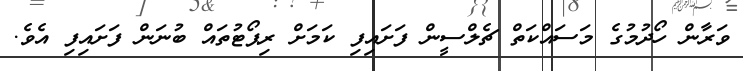
ވަރާން ހޯދުމުގެ މަސައްކަތް ޗެލްސީން ފަށައިފި ކަމަށް ރިޕޯޓުތައް ބުނަން ފަށައިފި އެވެ.